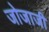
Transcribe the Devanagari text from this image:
जोजाजी